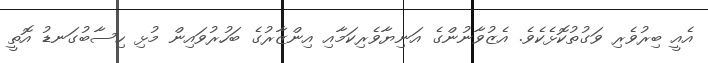
އެއީ ބިރުވެރި ވަގުތުކޮޅެކެވެ. އެޒުވާނުންގެ އަނިޔާވެރިކަމާއި އިންޒާރުގެ ބަހުރުވައިން މުޅި ހިސާބުގަނޑު އޮތީ